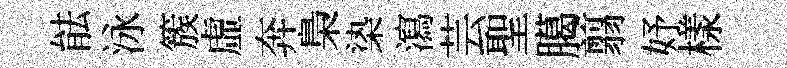
䏻泳簇虛奔梟𣑱瀉芸聖臈翦妤樣